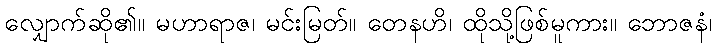
လျှောက်ဆို၏။ မဟာရာဇ၊ မင်းမြတ်။ တေနဟိ၊ ထိုသို့ဖြစ်မူကား။ ဘောဇနံ၊